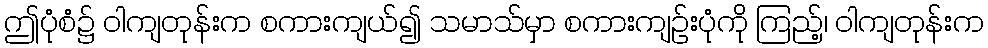
ဤပုံစံ၌ ဝါကျတုန်းက စကားကျယ်၍ သမာသ်မှာ စကားကျဉ်းပုံကို ကြည့်၊ ဝါကျတုန်းက